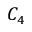
C _ { 4 }